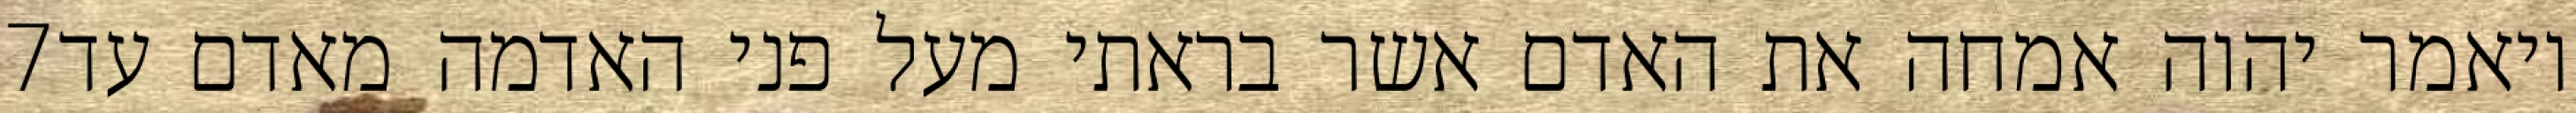
‎7‏ ויאמר יהוה אמחה את האדם אשר בראתי מעל פני האדמה מאדם עד